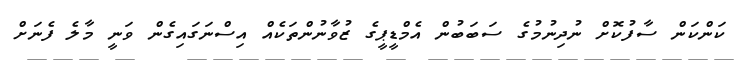
ކަންކަން ސާފުކޮށް ނުދިނުމުގެ ސަބަބުން އެމްޑީޕީގެ ޒުވާނުންތަކެއް އިސްނަގައިގެން ވަނީ މާލެ ފެނަށް